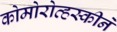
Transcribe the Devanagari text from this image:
कोमोरोव्हस्कीने